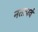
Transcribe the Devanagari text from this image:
नतापर्व